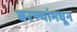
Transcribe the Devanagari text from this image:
बरण्यांमधून